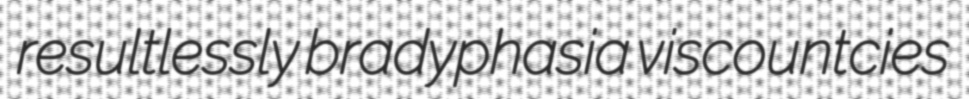
resultlessly bradyphasia viscountcies